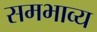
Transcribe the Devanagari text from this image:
समभाव्य